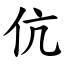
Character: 伉